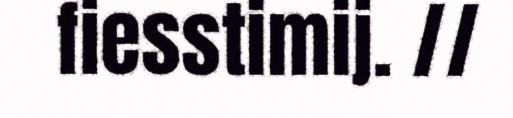
fiesstimij. //